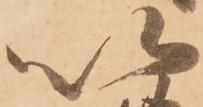
以